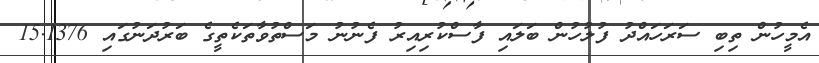
އެމީހުން ތިބި ސަރަހައްދު ފުލުހުން ބަލައި ފާސްކުރިއިރު ފެނުނު މަސްތުވާތަކެތީގެ ބަރުދަނުގައި 15.1376